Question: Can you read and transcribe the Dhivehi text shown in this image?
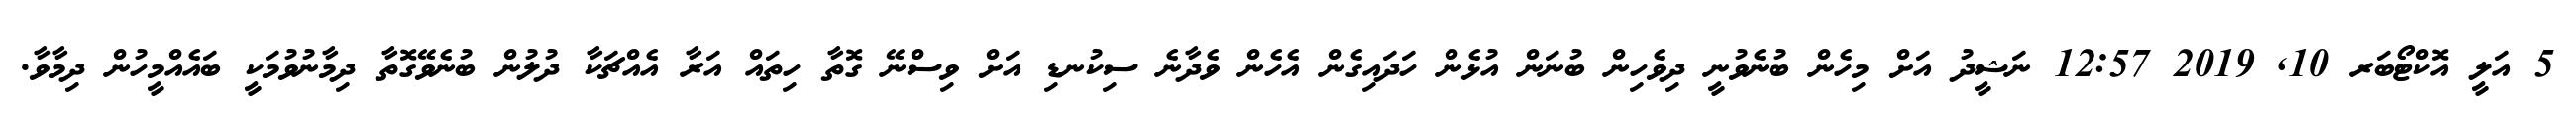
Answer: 5 އަލީ އޮކްޓޯބަރ 10, 2019 12:57 ނަޝީދު އަށް މިހެން ބުނެވުނީ ދިވެހިން ބުނަން އުޅެން ހަދައިގެން އެހެން ވެދާނެ ސިކުނޑި އަށް ވިސްނޭ ގޮތާ ހިތައް އަރާ އެއްޗަކާ ދުލުން ބުނެވޭގޮތާ ދިމާނުވުމަކީ ބައެއްމީހުން ދިމާވާ.